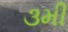
૩મી